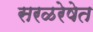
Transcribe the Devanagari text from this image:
सरळरेषेत